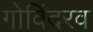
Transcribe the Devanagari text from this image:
गोविंदरव